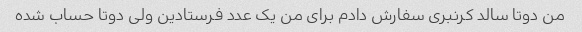
من دوتا سالد کرنبری سفارش دادم برای من یک عدد فرستادین ولی دوتا حساب شده